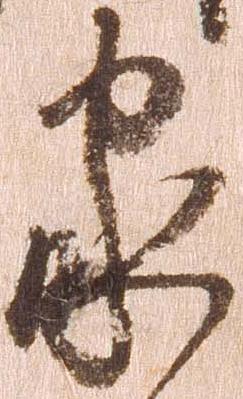
家